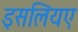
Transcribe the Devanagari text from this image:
इसलियए